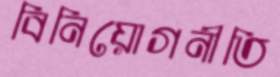
বিনিয়োগনীতি